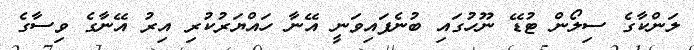
ލަންކާގެ ސިލޯން ޓުޑޭ ނޫހުގައި ބުނެފައިވަނީ އޭނާ ހައްޔަރުކުރި އިރު އޭނާގެ ވިސާގެ